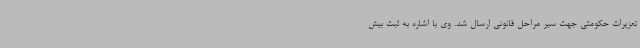
تعزیرات حکومتی جهت سیر مراحل قانونی ارسال شد. وی با اشاره به ثبت بیش